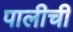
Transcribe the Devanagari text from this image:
पालीची